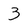
Character: 3